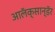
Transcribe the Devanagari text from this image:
आलॅक्सान्डॅर